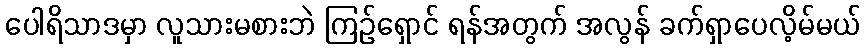
ပေါရိသာဒမှာ လူသားမစားဘဲ ကြဉ်ရှောင် ရန်အတွက် အလွန် ခက်ရှာပေလိ့မ်မယ်